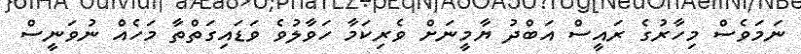
ނަމަވެސް މިހާރުގެ ރައީސް އަބްދު ޔާމީނަށް ވެރިކަމާ ހަވާލުވެ ވަޑައިގަތްތާ މަހެއް ނުވަނީސް